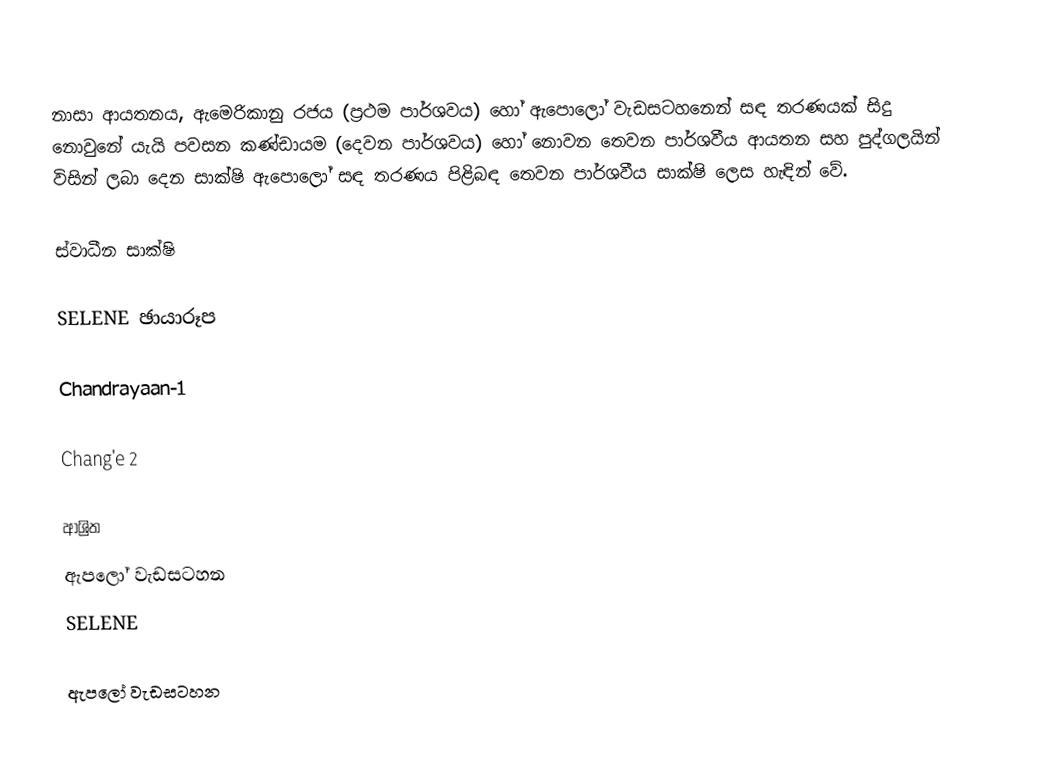
නාසා ආයතනය, ඇමෙරිකානු රජය (ප්‍රථම පාර්ශවය) හෝ ඇපොලෝ වැඩසටහනෙන් සඳ තරණයක් සිදු නොවුනේ යැයි පවසන කණ්ඩායම (දෙවන පාර්ශවය) හෝ නොවන තෙවන පාර්ශවීය ආයතන සහ පුද්ගලයින් විසින් ලබා දෙන සාක්ෂි ඇපොලෝ සඳ තරණය පිළිබඳ තෙවන පාර්ශවීය සාක්ෂි ලෙස හැඳින් වේ.

ස්වාධීන සාක්ෂි

SELENE ඡායාරූප

Chandrayaan-1

Chang'e 2

ආශ්‍රිත
 ඇපලෝ වැඩසටහන
 SELENE

ඇපලෝ වැඩසටහන